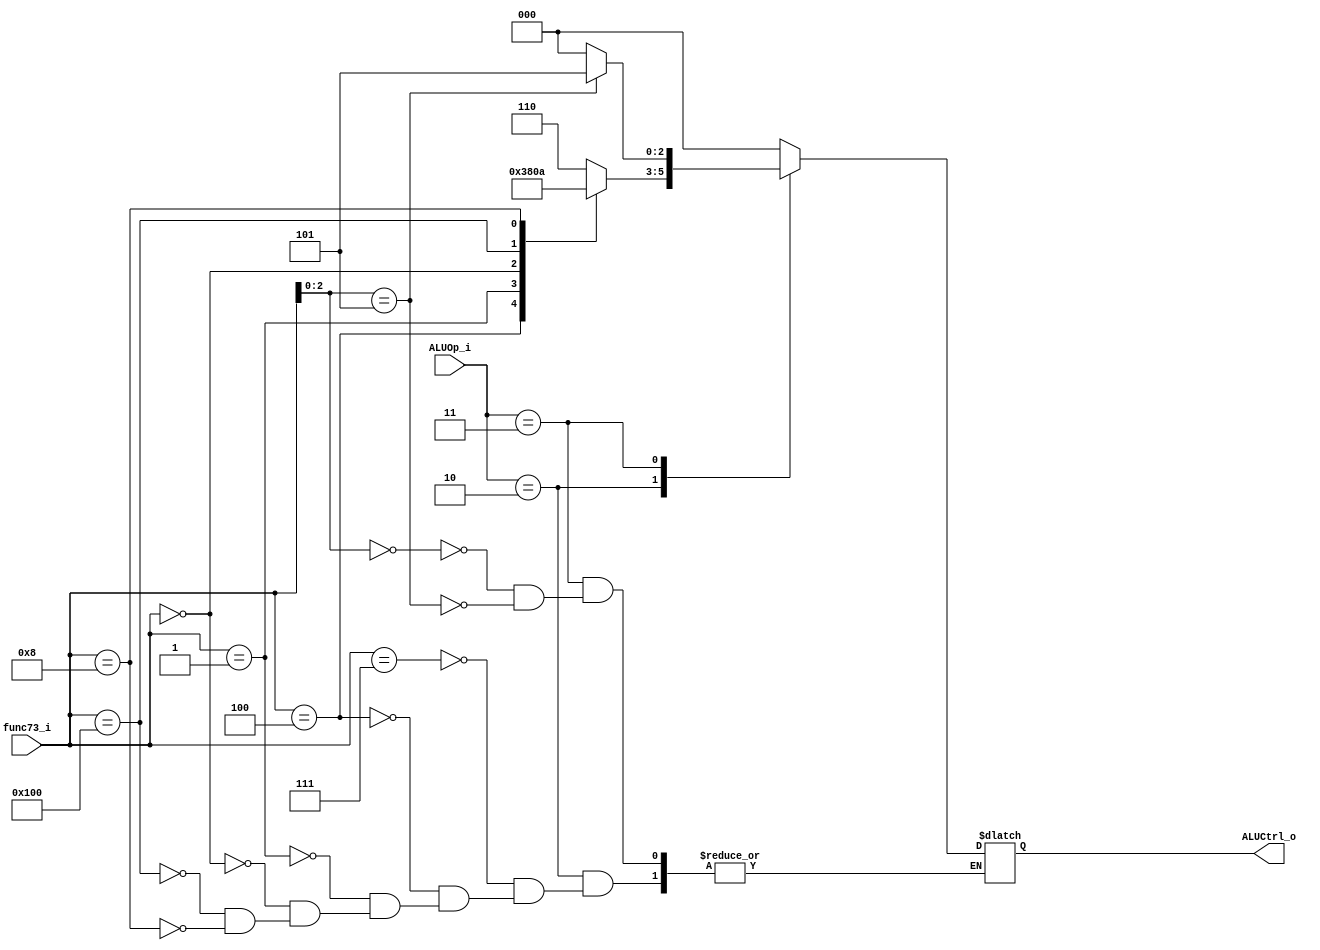
module ALU_Control(
    func73_i, 
    ALUOp_i, 
    ALUCtrl_o
);
    input [9:0] func73_i;
    input [1:0] ALUOp_i;
    output reg [2:0] ALUCtrl_o;

    wire [11:0] op; 

    assign op = {ALUOp_i, func73_i};

    always@(*) begin
        case(ALUOp_i)
            2'b10: begin  
                case(func73_i)
                    10'b0000000_111:
                        ALUCtrl_o <= 3'b110;
                    10'b0000000_100:
                        ALUCtrl_o <= 3'b011;
                    10'b0000000_001:
                        ALUCtrl_o <= 3'b100;
                    10'b0000000_000:
                        ALUCtrl_o <= 3'b000;
                    10'b0100000_000:
                        ALUCtrl_o <= 3'b001;
                    10'b0000001_000:
                        ALUCtrl_o <= 3'b010;
                endcase
            end

            2'b11: begin
                case(func73_i[2:0])
                    3'b000:
                        ALUCtrl_o <= 3'b000;
                    3'b101:
                        ALUCtrl_o <= 3'b101;
                endcase
            end

            2'b00: begin
                ALUCtrl_o = 3'b000;
            end

            default: ALUCtrl_o = 3'b000;
        endcase  
    end 
    
endmodule